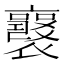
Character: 𧞻